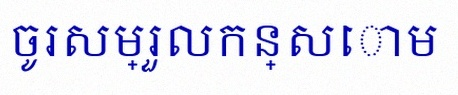
ចូរសម្រួលកន្សោម